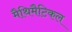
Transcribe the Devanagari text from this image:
मैथिमैटिकल